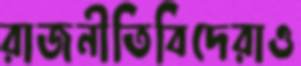
রাজনীতিবিদেরাও